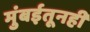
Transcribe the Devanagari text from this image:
मुंबईतूनही